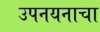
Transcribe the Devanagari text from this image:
उपनयनाचा